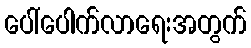
ပေါ်ပေါက်လာရေးအတွက်